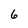
Character: 6